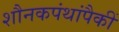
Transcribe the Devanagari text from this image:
शौनकपंथांपैकीं